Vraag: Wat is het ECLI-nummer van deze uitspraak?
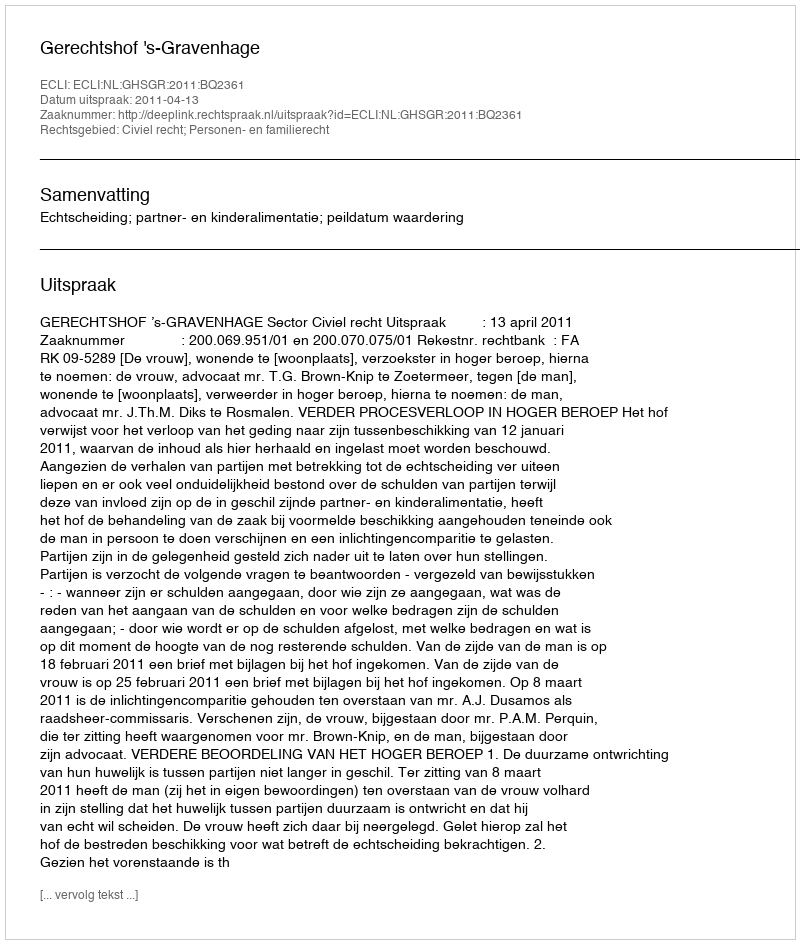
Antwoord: ECLI:NL:GHSGR:2011:BQ2361